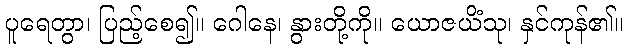
ပူရေတွာ၊ ပြည့်စေ၍။ ဂေါနေ၊ နွားတို့ကို။ ယောဇယိံသု၊ နှင်ကုန်၏။